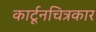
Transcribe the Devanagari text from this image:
कार्टूनचित्रकार